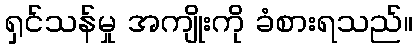
ရှင်သန်မှု အကျိုးကို ခံစားရသည်။